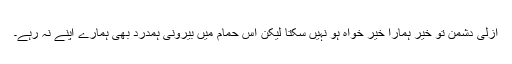
ازلی دشمن تو خیر ہمارا خیر خواہ ہو نہیں سکتا لیکن اس حمام میں بیرونی ہمدرد بھی ہمارے اپنے نہ رہے۔